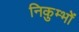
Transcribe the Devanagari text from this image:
निकुम्भों